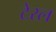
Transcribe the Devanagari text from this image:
टेरल